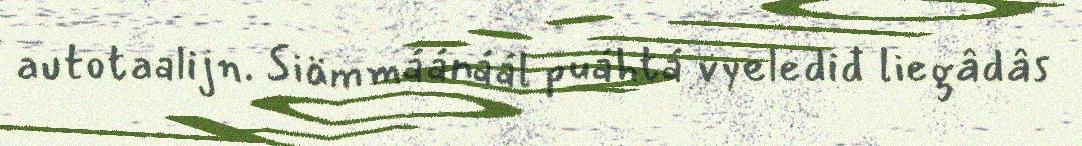
autotaalijn. Siämmáánáál puáhtá vyelediđ liegâdâs